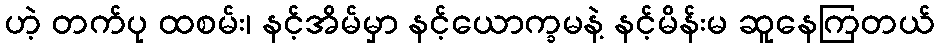
ဟဲ့ တက်ပု ထစမ်း၊ နင့်အိမ်မှာ နင့်ယောက္ခမနဲ့ နင့်မိန်းမ ဆူနေကြတယ်